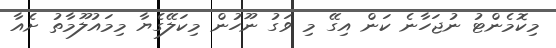
މިކޮމެންޓު ނުޖަހާނެ ކަން އިގޭ މި ވަގު ނޫހުން މިކަލޭގެޔާ މިމައުލޫމާތު ށެއާ